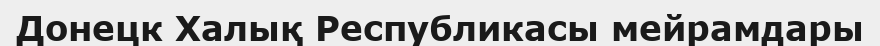
Донецк Халық Республикасы мейрамдары